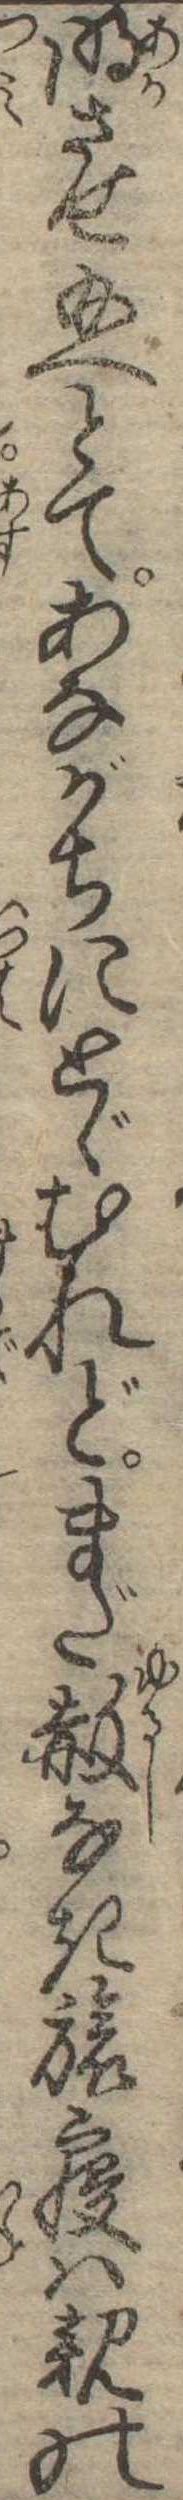
明させ給へとてあながちにとゞむれどまだ赦なき旅寝は親の